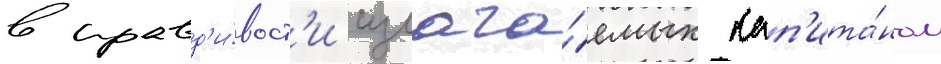
в правд'и́вост'и излага́емых кап'ита́ном